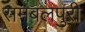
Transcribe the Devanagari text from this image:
समबलपुरी